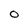
Character: 0